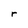
Character: r